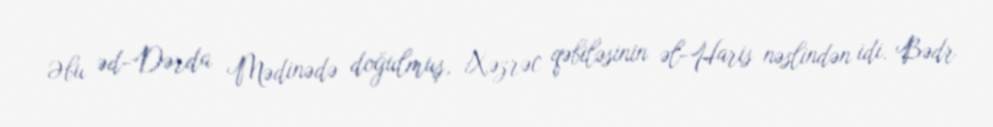
Əbu əd-Dərda Mədinədə doğulmuş, Xəzrəc qəbiləsinin əl-Haris nəslindən idi. Bədr